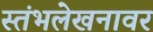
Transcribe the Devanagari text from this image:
स्तंभलेखनावर